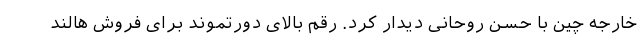
خارجه چین با حسن روحانی دیدار کرد. رقم بالای دورتموند برای فروش هالند